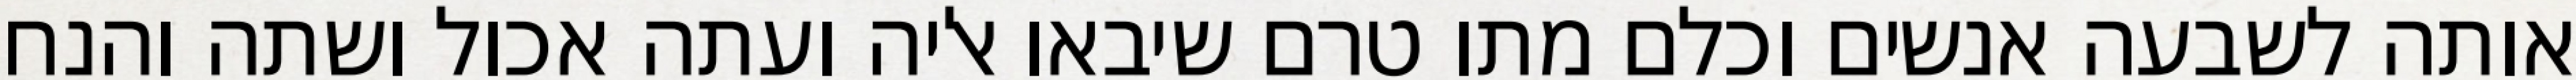
אותה לשבעה אנשים וכלם מתו טרם שיבאו אליה ועתה אכול ושתה והנח